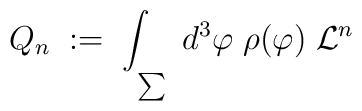
Q_n\; := \; \int_\sum \; d^3\varphi\; \rho(\varphi)\; {\cal{L}}^n